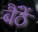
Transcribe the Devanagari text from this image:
बैंठें